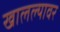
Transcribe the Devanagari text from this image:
खालल्यावर